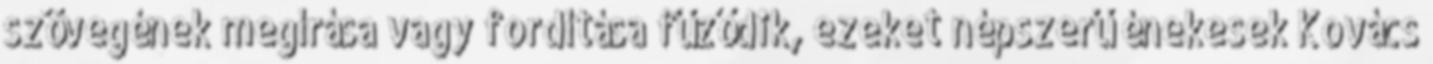
szövegének megírása vagy fordítása fűződik, ezeket népszerű énekesek Kovács